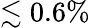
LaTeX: \lesssim 0.6\%